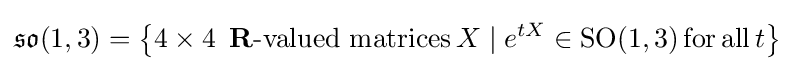
{\mathfrak {so}}(1,3)=\left\{4\times 4\,\,\,\mathbf {R} {\text{-valued matrices}}\,X\mid e^{tX}\in \mathrm {SO} (1,3)\,\mathrm {for} \,\mathrm {all} \,t\right\}